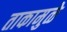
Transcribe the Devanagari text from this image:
ताकामुळे